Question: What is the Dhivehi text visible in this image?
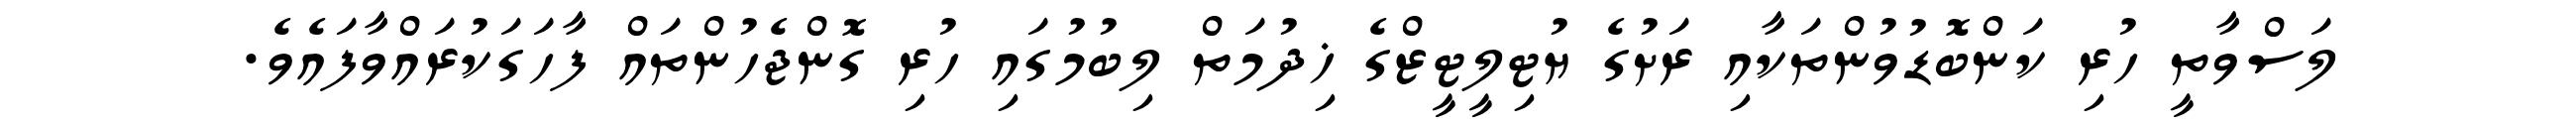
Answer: ލަސްވާތީ ހުރި ކަންބޮޑުވުންތަކާއި ރަށުގެ ޔުޓިލީޓީޒްގެ ޚިދުމަތް ލިބުމުގައި ހުރި ގޮންޖެހުންތައް ފާހަގަކުރައްވާފައެވެ.